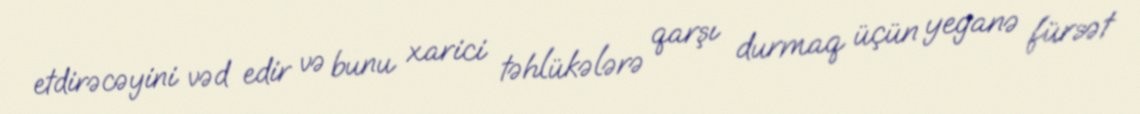
etdirəcəyini vəd edir və bunu xarici təhlükələrə qarşı durmaq üçün yeganə fürsət